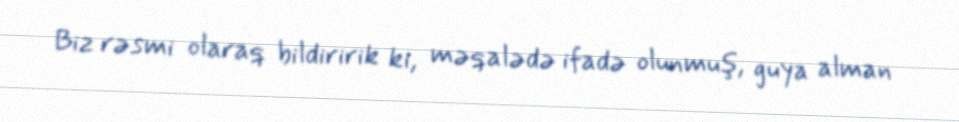
Biz rəsmi olaraq bildiririk ki, məqalədə ifadə olunmuş, guya alman